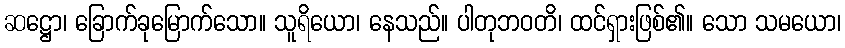
ဆဋ္ဌော၊ ခြောက်ခုမြောက်သော။ သူရိယော၊ နေသည်။ ပါတုဘဝတိ၊ ထင်ရှားဖြစ်၏။ သော သမယော၊